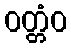
ဝတ္တံဝ